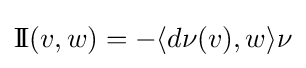
\mathrm {I\!I} (v,w)=-\langle d\nu (v),w\rangle \nu